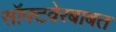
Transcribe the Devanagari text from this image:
सॉफ्टवेरबाबत